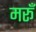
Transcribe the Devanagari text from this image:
मरूँ